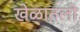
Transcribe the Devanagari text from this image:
खेळातली